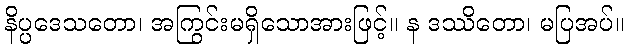
နိပ္ပဒေသတော၊ အကြွင်းမရှိသောအားဖြင့်။ န ဒဿိတော၊ မပြအပ်။